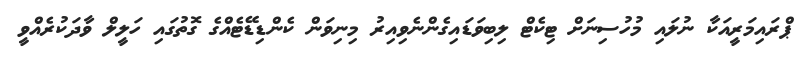
ޕްރައިމަރީއަކާ ނުލައި މުހުސިނަށް ޓިކެޓް ލިބިވަޑައިގެންނެވިއިރު މިނިވަން ކެންޑިޑޭޓެއްގެ ގޮތުގައި ހަލީލް ވާދަކުރެއްވީ